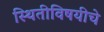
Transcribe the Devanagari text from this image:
स्थितीविषयीचे